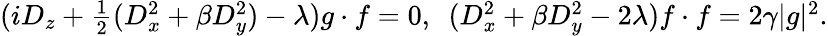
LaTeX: \begin{array}{r}{(iD_{z}+\frac{1}{2}(D_{x}^{2}+\beta D_{y}^{2})-\lambda)g\cdot f=0,~~(D_{x}^{2}+\beta D_{y}^{2}-2\lambda)f\cdot f=2\gamma\lvert g\rvert^{2}.}\end{array}